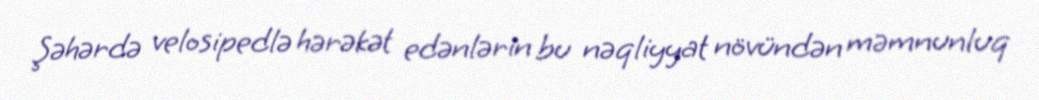
Şəhərdə velosipedlə hərəkət edənlərin bu nəqliyyat növündən məmnunluq